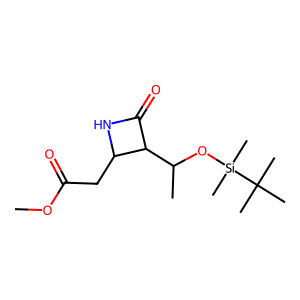
SMILES: COC(=O)CC1NC(=O)C1C(C)O[Si](C)(C)C(C)(C)C
Inhibits HIV replication: No